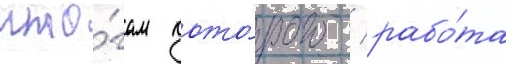
ито́гам кото́рого / рабо́та